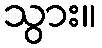
သွား။